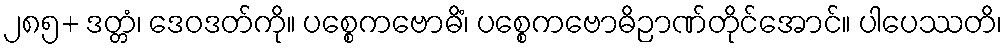
၂၈၅+ ဒတ္တံ၊ ဒေဝဒတ်ကို။ ပစ္စေကဗောဓိံ၊ ပစ္စေကဗောဓိဉာဏ်တိုင်အောင်။ ပါပေဿတိ၊